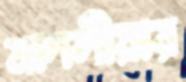
মাদলীয়ার